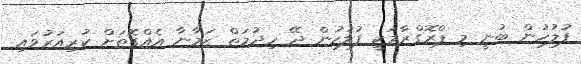
ފުލުހުން ބުނީ މި ޕްރޮގްރާމަކީ ފުލުހުން ދޭ ހިދުމަތް ޒަމާނާ އެއްގޮތަށް ކުރިއަރުވައި